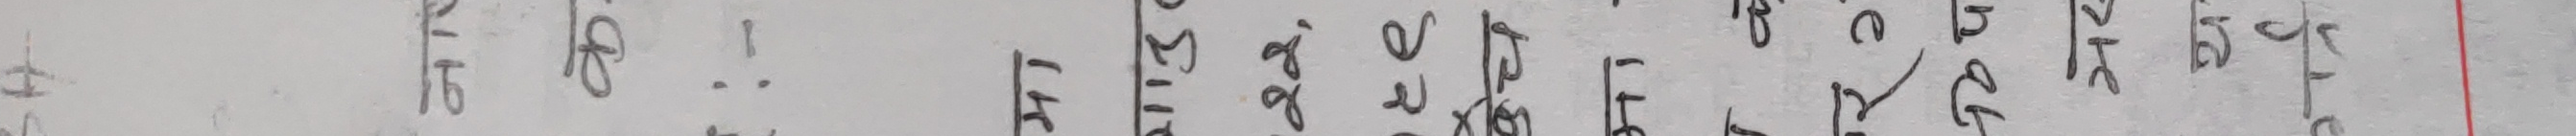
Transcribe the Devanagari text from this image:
ना
क
:-
मा
गाउ
22,
と९
बेच
nat
मेर
य
गर्न